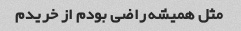
مثل همیشه راضی بودم از خریدم